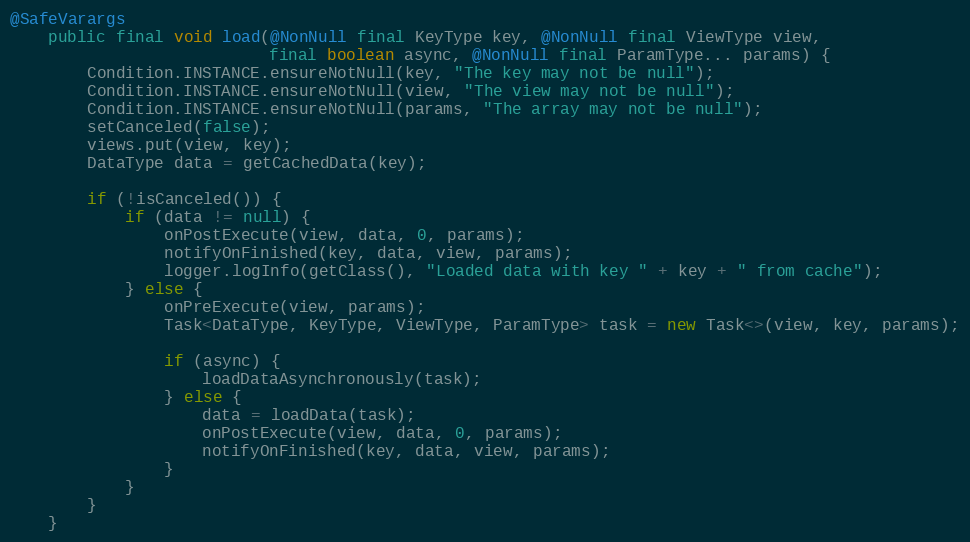
Language: Java
@SafeVarargs
    public final void load(@NonNull final KeyType key, @NonNull final ViewType view,
                           final boolean async, @NonNull final ParamType... params) {
        Condition.INSTANCE.ensureNotNull(key, "The key may not be null");
        Condition.INSTANCE.ensureNotNull(view, "The view may not be null");
        Condition.INSTANCE.ensureNotNull(params, "The array may not be null");
        setCanceled(false);
        views.put(view, key);
        DataType data = getCachedData(key);

        if (!isCanceled()) {
            if (data != null) {
                onPostExecute(view, data, 0, params);
                notifyOnFinished(key, data, view, params);
                logger.logInfo(getClass(), "Loaded data with key " + key + " from cache");
            } else {
                onPreExecute(view, params);
                Task<DataType, KeyType, ViewType, ParamType> task = new Task<>(view, key, params);

                if (async) {
                    loadDataAsynchronously(task);
                } else {
                    data = loadData(task);
                    onPostExecute(view, data, 0, params);
                    notifyOnFinished(key, data, view, params);
                }
            }
        }
    }